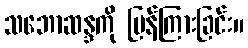
သဘောဆန္ဒကို ပြန်ကြားခြင်း။